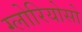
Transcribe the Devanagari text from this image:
ग्लोरियोसो